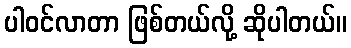
ပါဝင်လာတာ ဖြစ်တယ်လို့ ဆိုပါတယ်။